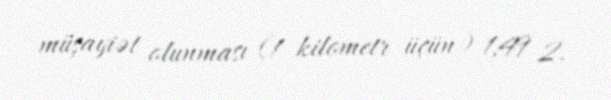
müşayiət olunması (1 kilometr üçün) 1,49 2.